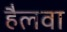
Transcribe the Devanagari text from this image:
हैलवा